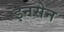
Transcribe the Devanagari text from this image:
इनसेन